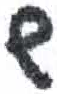
אות: ש